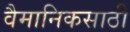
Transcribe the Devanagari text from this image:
वैमानिकसाठी